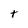
Character: t